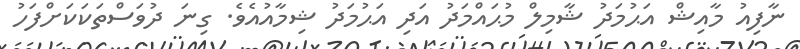
ނާފިއު މާއިޝް އަޙުމަދު ޝާމިލް މުޙައްމަދު އަދި އަޙުމަދު ޝިމާއުއެވެ. ގިނަ ދުވަސްތަކަކަށްފަހު